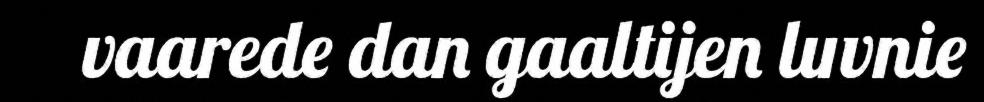
vaarede dan gaaltijen luvnie